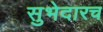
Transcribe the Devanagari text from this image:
सुभेदारच